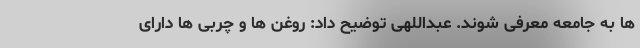
ها به جامعه معرفی شوند. عبداللهی توضیح داد: روغن ها و چربی ها دارای